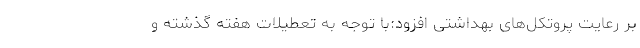
بر رعایت پروتکل‌های بهداشتی افزود:با توجه به تعطیلات هفته گذشته و